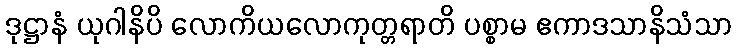
ဒုဋ္ဌာနံ ယုဂါနိပိ လောကိယလောကုတ္တရာတိ ပစ္စာမ ဧကာဒသာနိသံသာ